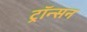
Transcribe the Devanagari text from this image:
ट्रॉन्सन